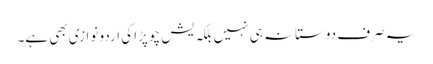
یہ صرف دوستانہ ہی نہیں بلکہ یش چوپڑا کی اردو نوازی بھی ہے۔